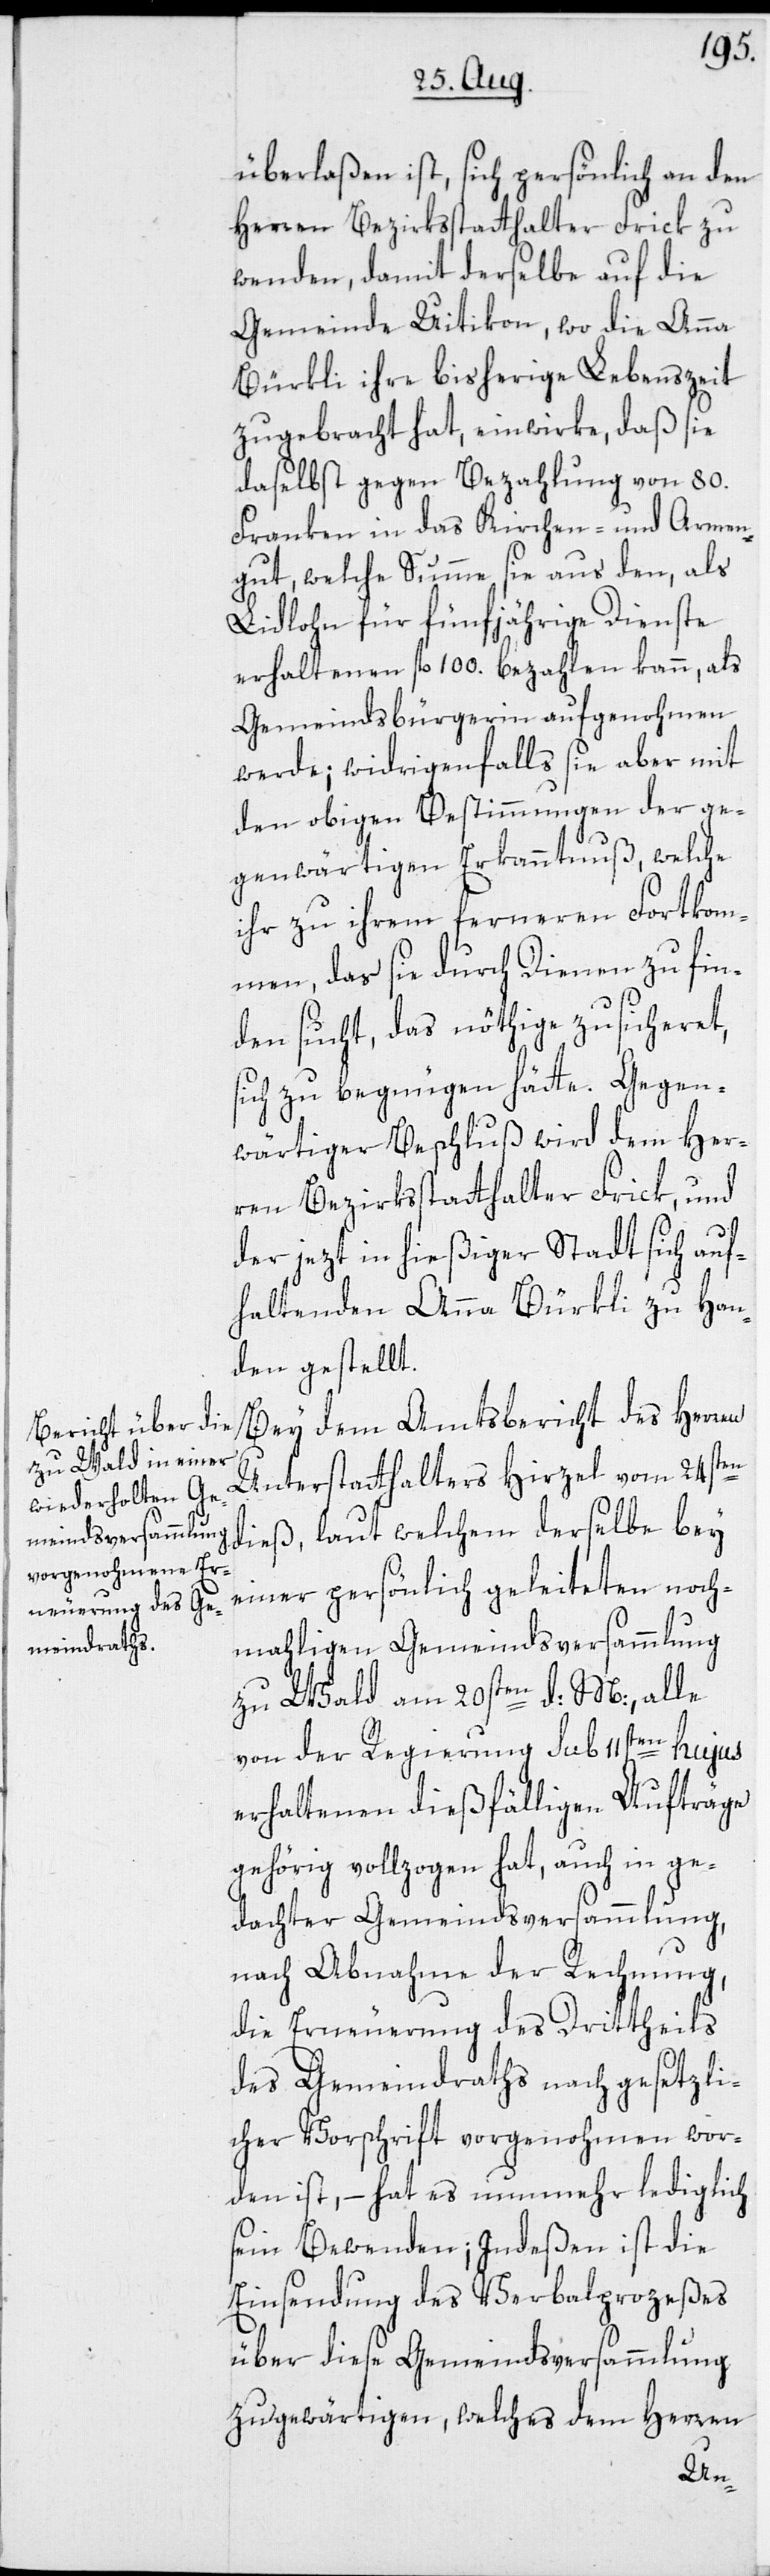
überlaßen ist, sich persönlich an den
Herren Bezirksstatthalter Frik zu
wenden, damit derselbe auf die
Gemeinde Uitikon, wo die Anna
Bürkli ihre bisherige Lebenszeit
zugebracht hat, einwirke, daß sie
daselbst gegen Bezahlung von 80.
Franken in das Kirchen- und Armen¬
gut, welche Summe sie aus den, als
Lidlohn für fünfjährige Dienste
erhaltenen fl. 100. bezahlen kann, als
Gemeindsbürgerin aufgenohmen
werde; widrigenfalls sie aber mit
den obigen Bestimmungen der ge¬
genwärtigen Erkanntnuß, welche
ihr zu ihrem ferneren Fortkom¬
men, das sie durch Dienen zu fin¬
den sucht, das nöthige zusicheret,
sich zu begnügen hätte. Gegen¬
wärtiger Beschluß wird dem Her¬
ren Bezirksstatthalter Frick, und
der jezt in hießiger Stadt sich auf¬
haltenden Anna Bürkli zu Han¬
den gestellt.
Bey dem Amtsbericht des Herren
Unterstatthalters Hirzel vom 24sten
dieß, laut welchem derselbe bey
einer persönlich geleiteten noch¬
mahligen Gemeindsversammlung
zu Wald am 20sten d: M:, alle
von der Regierung sub 11ten hujus
erhaltenen dießfälligen Aufträge
gehörig vollzogen hat, auch in ge¬
dachter Gemeindsversammlung,
nach Abnahme der Rechnung,
die Erneuerung des Drittheils
des Gemeindraths nach gesetzli¬
cher Vorschrift vorgenohmen wor¬
den ist, – hat es nunmehr lediglich
sein Bewenden; Indeßen ist die
Einsendung des Verbalprozeßes
über diese Gemeindsversammlung
zu gewärtigen, welches dem Herren